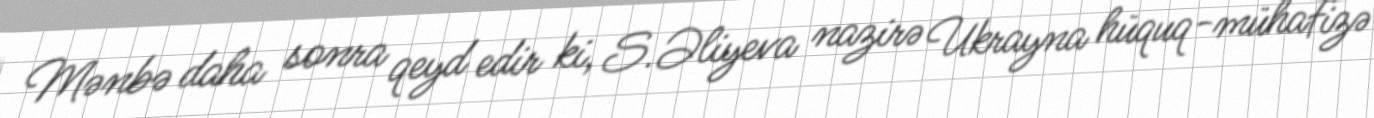
Mənbə daha sonra qeyd edir ki, S.Əliyeva nazirə Ukrayna hüquq-mühafizə